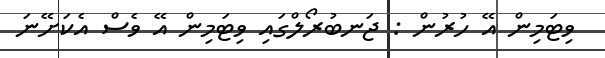
ވިޓަމިން އޭ ހުރުން : ޖަނބުރޯލްގައި ވިޓަމިން އޭ ވެސް އެކަށޭނަ